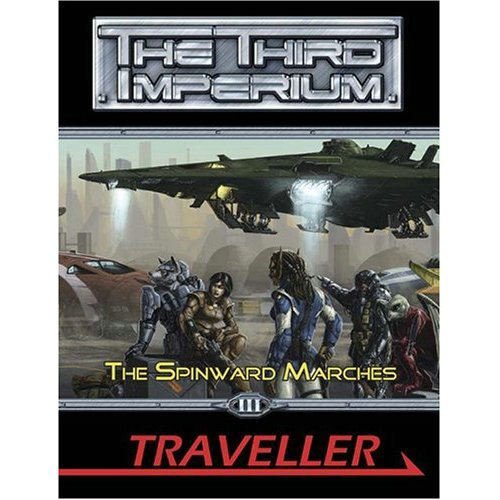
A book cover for Traveller: Spinward Marches (The Third Imperium) (Traveller Sci-Fi Roleplaying); Martin J. Dougherty; Science Fiction & Fantasy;